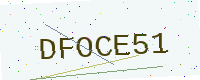
Text: DFOCE51